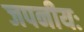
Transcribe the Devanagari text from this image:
जपनीयः